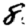
Digit: 8